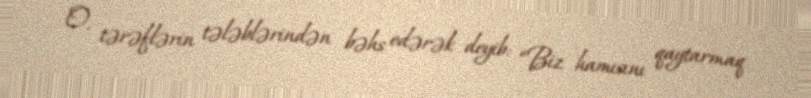
O, tərəflərin tələblərindən bəhs edərək deyib: “Biz hamısını qaytarmaq